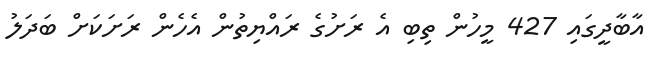
އާބާދީގައި 427 މީހުން ތިބި އެ ރަށުގެ ރައްޔިތުން އެހެން ރަށަކަށް ބަދަލު